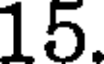
15.